Civil Veterinary Dept. Bombay admin report 1900-1906 - 1900-1906
Year: 1900
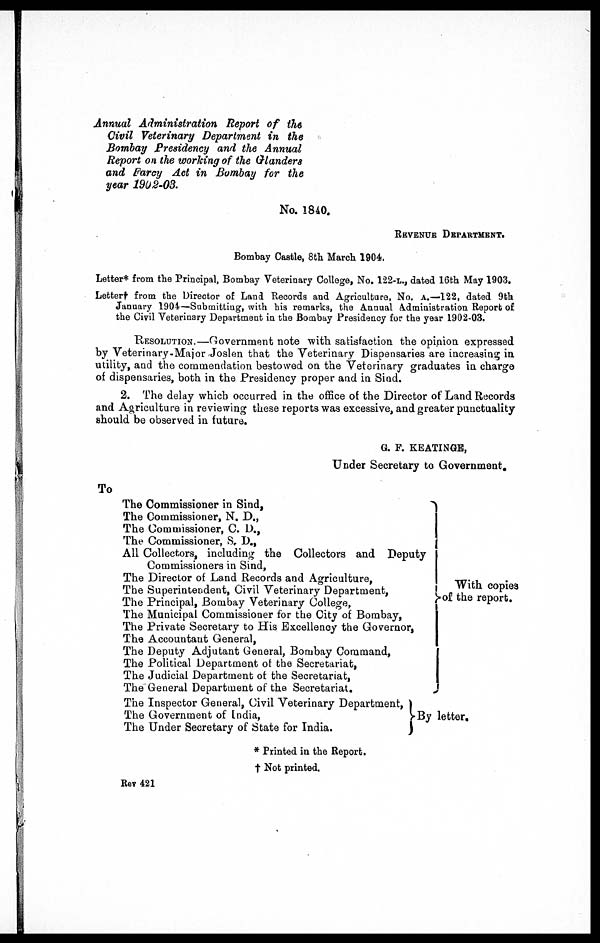
Annual Administration Report of the
Civil Veterinary Department in the
Bombay Presidency and the Annual
Report on the working of the Glanders
and Farcy Act in Bombay for the
year 1902-03.
No. 1840.
REVENUE DEPARTMENT.
Bombay Castile, 8th March 1904.
Letter* from the Principal, Bombay Veterinary College, No. 122-L., dated 16th May 1903.
Letter† from the Director of Land Records and Agriculture, No. A.—122, dated 9th
January 1904—Submitting, with his remarks, the Annual Administration Report of
the Civil Veterinary Department in the Bombay Presidency for the year 1902-03.
RESOLUTION.—Government note with satisfaction the opinion expressed
by Veterinary-Major Joslen that the Veterinary Dispensaries are increasing in
utility, and the commendation bestowed on the Veterinary graduates in charge
of dispensaries, both in the Presidency proper and in Sind.
2. The delay which occurred in the office of the Director of Land Records
and Agriculture in reviewing these reports was excessive, and greater punctuality
should be observed in future.
G. F. KEATINGE,
Under Secretary to Government.
To
The Commissioner in Sind,
The Commissioner, N. D.,
The Commissioner, C. D.,
The Commissioner, S. D.,
All Collectors, including the Collectors and Deput
Commissioners in Sind,
The Director of Land Records and Agriculture,
The Superintendent, Civil Veterinary Department,
The Principal, Bombay Veterinary College,
The Municipal Commissioner for the City of Bombay,
The Private Secretary to His Excellency the Governor,
The Accountant General,
The Deputy Adjutant General, Bombay Command,
The Political Department of the Secretariat,
The Judicial Department of the Secretariat,
The General Department of the Secretariat.
The Inspector General, Civil Veterinary Department,
The Government of India,
The Under Secretary of State for India.
y
With copies
of the report.
By letter.
* Printed in the Report.
† Not printed.
Rev 421